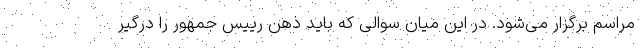
مراسم برگزار می‌شود. در این میان سوالی که باید ذهن رییس جمهور را درگیر